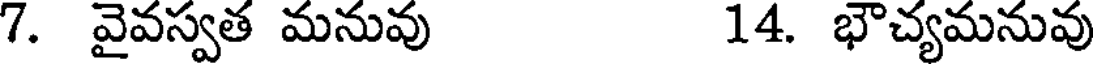
7. వైవస్వత మనువు 14. భౌచ్యమనువు